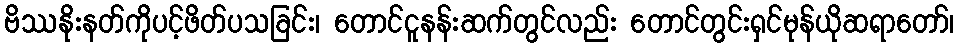
ဗိဿနိုးနတ်ကိုပင့်ဖိတ်ပသခြင်း၊ တောင်ငူနန်းဆက်တွင်လည်း တောင်တွင်းရှင်မုန်ယိုဆရာတော်၊